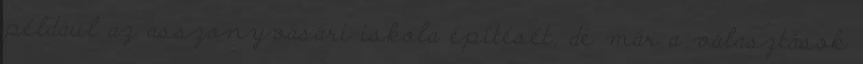
például az asszonyvásári iskola építését, de már a választások